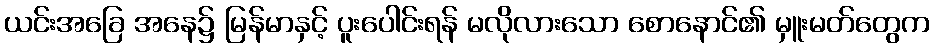
ယင်းအခြေ အနေ၌ မြန်မာနှင့် ပူးပေါင်းရန် မလိုလားသော စောနောင်၏ မှူးမတ်တွေက